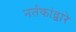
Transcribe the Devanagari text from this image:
नर्तकांद्वारे